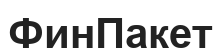
ФинПакет